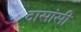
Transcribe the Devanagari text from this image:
दासांसी